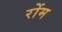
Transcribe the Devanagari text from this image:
रोंम